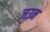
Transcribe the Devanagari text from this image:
जउन